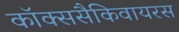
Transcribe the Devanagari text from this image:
कॉक्ससैकिवायरस